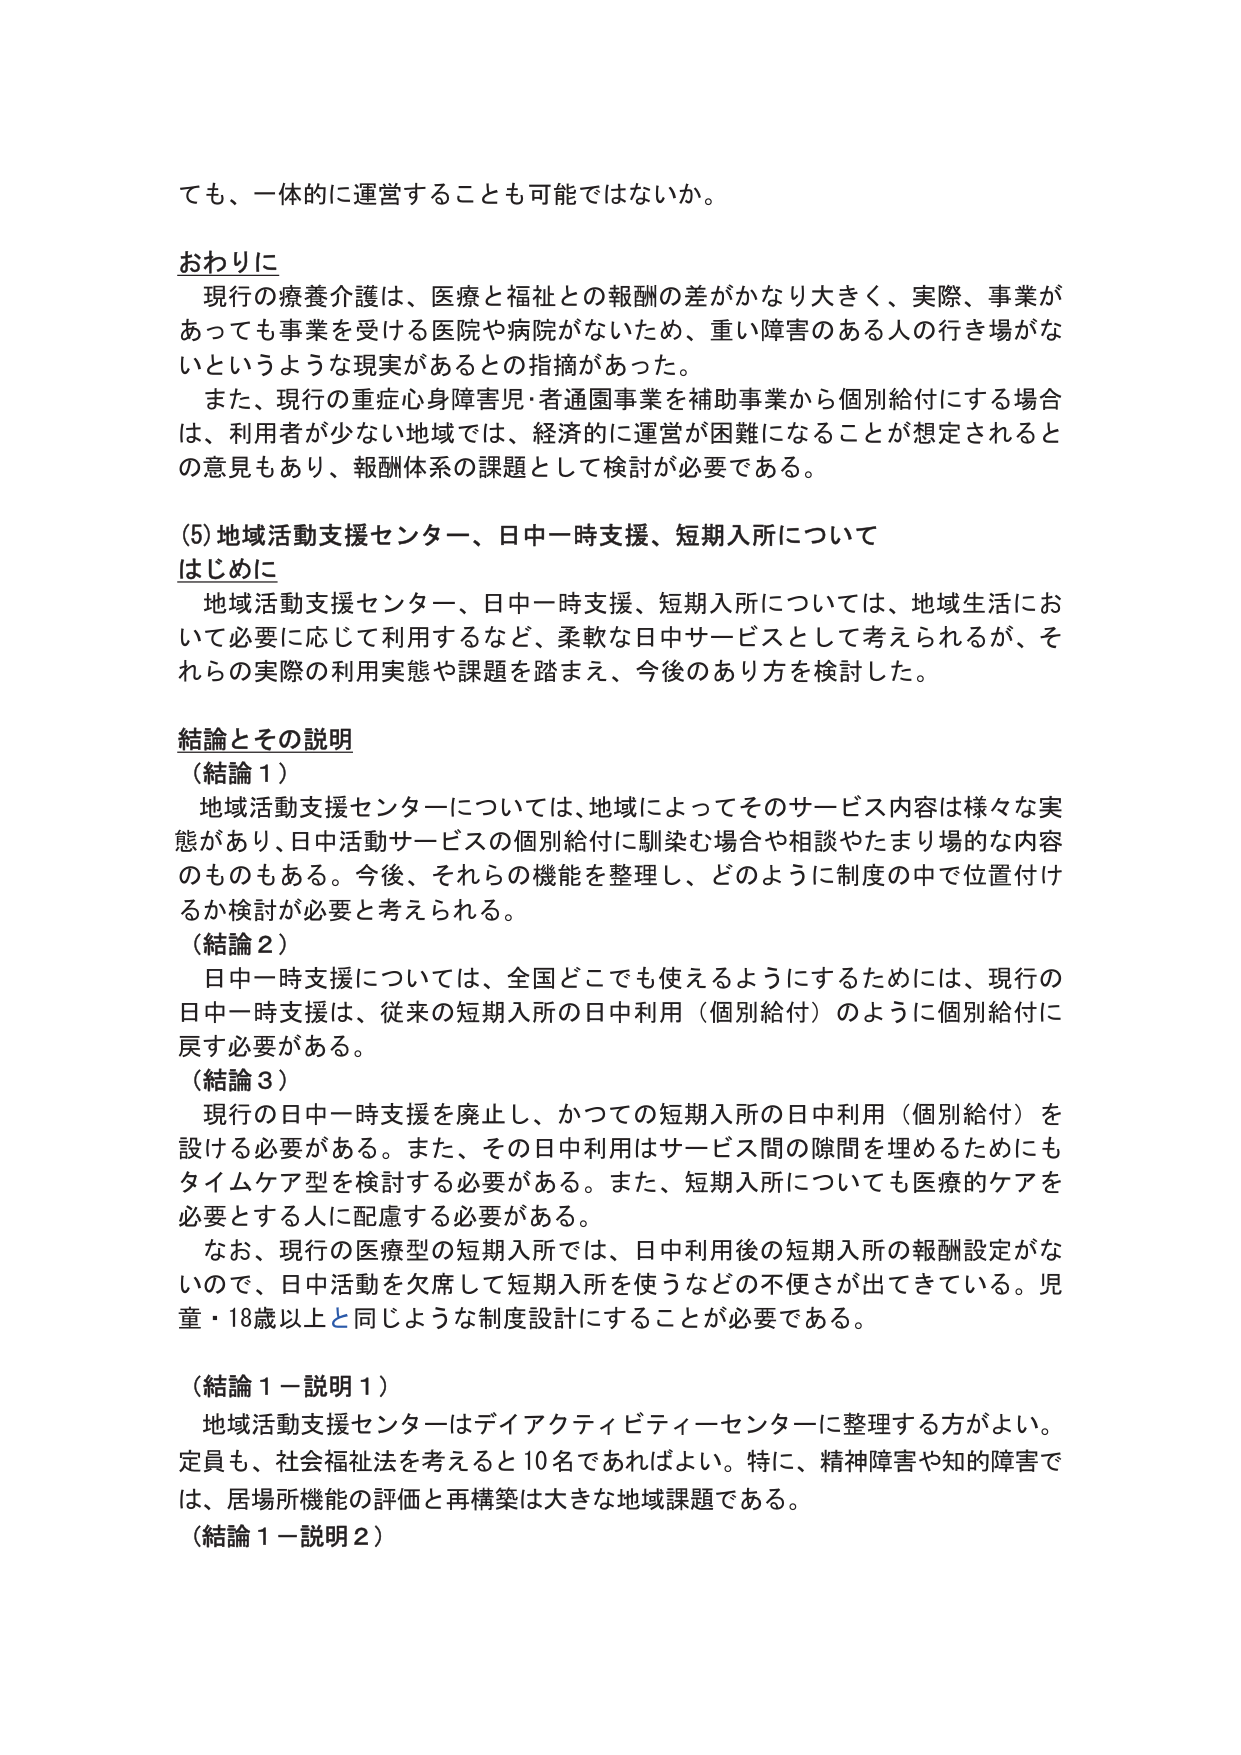
ても、一体的に運営することも可能ではないか。

おわりに
　現行の療養介護は、医療と福祉との報酬の差がかなり大きく、実際、事業があっても事業を受ける医院や病院がないため、重い障害のある人の行き場がないというような現実があるとの指摘があった。
　また、現行の重症心身障害児・者通園事業を補助事業から個別給付にする場合は、利用者が少ない地域では、経済的に運営が困難になることが想定されるとの意見もあり、報酬体系の課題として検討が必要である。

(5) 地域活動支援センター、日中一時支援、短期入所について
はじめに
　地域活動支援センター、日中一時支援、短期入所については、地域生活において必要に応じて利用するなど、柔軟な日中サービスとして考えられるが、それらの実際の利用実態や課題を踏まえ、今後のあり方を検討した。

結論とその説明
（結論１）
　地域活動支援センターについては、地域によってそのサービス内容は様々な実態があり、日中活動サービスの個別給付に馴染む場合や相談やたまり場的な内容のものもある。今後、それらの機能を整理し、どのように制度の中で位置付けるか検討が必要と考えられる。
（結論２）
　日中一時支援については、全国どこでも使えるようにするためには、現行の日中一時支援は、従来の短期入所の日中利用（個別給付）のように個別給付に戻す必要がある。
（結論３）
　現行の日中一時支援を廃止し、かつての短期入所の日中利用（個別給付）を設ける必要がある。また、その日中利用はサービス間の隙間を埋めるためにもタイムケア型を検討する必要がある。また、短期入所についても医療的ケアを必要とする人に配慮する必要がある。
　なお、現行の医療型の短期入所では、日中利用後の短期入所の報酬設定がないので、日中活動を欠席して短期入所を使うなどの不便さが出てきている。児童・18歳以上と同じような制度設計をすることが必要である。

（結論１－説明１）
　地域活動支援センターはデイアクティビティーセンターに整理する方がよい。定員も、社会福祉法を考えると10名であればよい。特に、精神障害や知的障害では、居場所機能の評価と再構築は大きな地域課題である。
（結論１－説明２）